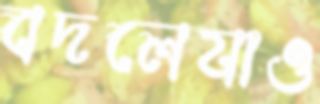
বদলেযাও